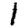
Digit: 1